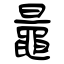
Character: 鼂